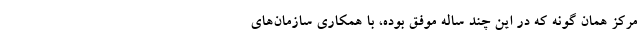
مرکز همان گونه که در این چند ساله موفق بوده، با همکاری سازمان‌های